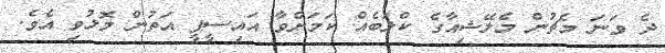
ދެ ވަނަ މެޗުން މެލޭޝިއާގެ ކްލަބެއް ކަމަށްވާ އައިސީޕީ އަތުން މޮޅުވި އެވެ.